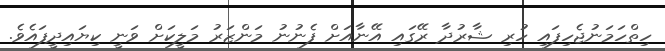
ހިތްހަމަނުޖެހިފައި ހުރި ޝާރުދާ ރޭގައި އޭނާއަށް ފެނުނު މަންޒަރު މަލީކަށް ވަނީ ކިޔައިދީފައެވެ.